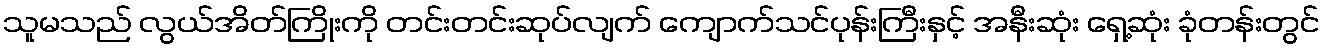
သူမသည် လွယ်အိတ်ကြိုးကို တင်းတင်းဆုပ်လျက် ကျောက်သင်ပုန်းကြီးနှင့် အနီးဆုံး ရှေ့ဆုံး ခုံတန်းတွင်